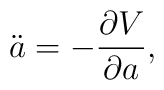
\ddot{a} = - \frac{\partial V}{\partial a} ,